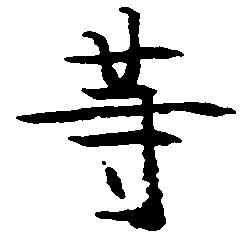
等